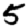
Digit: 5